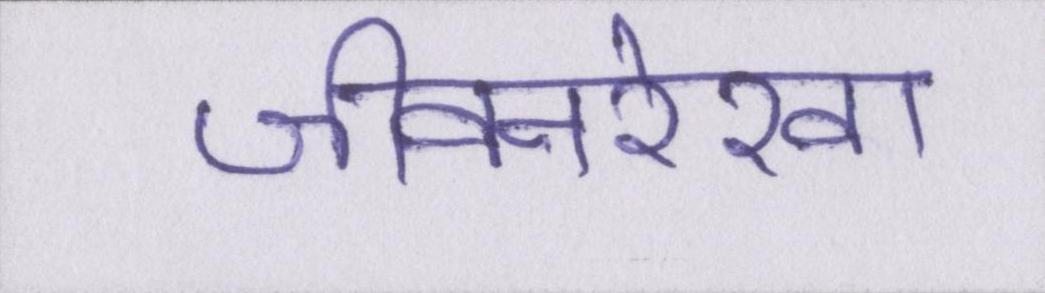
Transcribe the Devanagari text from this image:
जीवनरेखा